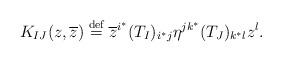
LaTeX: \begin{align*}K_{IJ}(z,\overline z) \stackrel{\mbox{\scriptsize def}}{=} \overline z^{i^*}(T_I)_{i^*j}\eta^{jk^*}(T_J)_{k^*l}z^l.\end{align*}